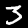
Label: 3